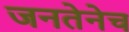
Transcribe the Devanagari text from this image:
जनतेनेच